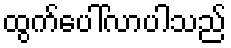
ထွက်ပေါ်လာပါသည်